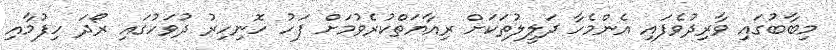
މިބާބުގައި ވާރިދުވެފައި އެންމެހާ ދަލީލުތަކަށް ރިއާޔަތްކުރެވުމަށް ފަހު ހޮނިހިރު ދުވަހުގައި ރޯދަ ހިފުމާއި